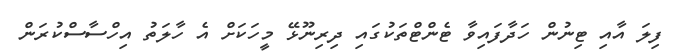
ފިލަ އާއި ޓިނުން ހަދާފައިވާ ޓެންޓްތަކުގައި ދިރިނޫޅޭ މީހަކަށް އެ ހާލަތު އިހްސާސްކުރަން